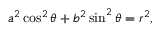
a ^ { 2 } \cos ^ { 2 } \theta + b ^ { 2 } \sin ^ { 2 } \theta = r ^ { 2 } ,